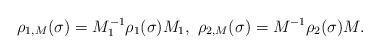
LaTeX: \begin{align*}\rho_{1,M}(\sigma) = M_1^{-1}\rho_1(\sigma)M_1, \ \rho_{2,M}(\sigma) = M^{-1}\rho_2(\sigma) M.\end{align*}